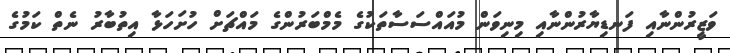
ވަޒީރުންނާއި ފަނޑިޔާރުންނާއި މިނިވަން މުއައްސަސާތަކުގެ މެމްބަރުންގެ މައްޗަށް ހުށަހަޅާ އިތުބާރު ނެތް ކަމުގެ